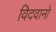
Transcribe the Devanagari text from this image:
विदवानो